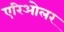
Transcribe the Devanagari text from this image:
एरिओलर